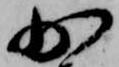
少